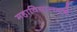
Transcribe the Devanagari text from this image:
महाविद्यालयचे